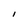
Character: I